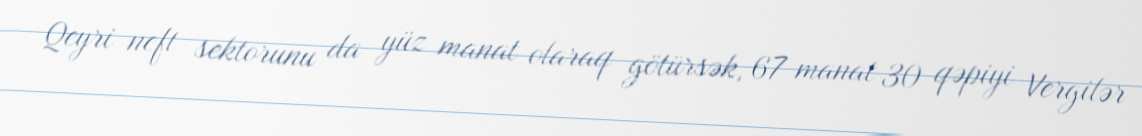
Qeyri neft sektorunu da yüz manat olaraq götürsək, 67 manat 30 qəpiyi Vergilər